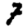
Digit: 7